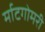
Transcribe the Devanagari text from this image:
र्माटगोमरी